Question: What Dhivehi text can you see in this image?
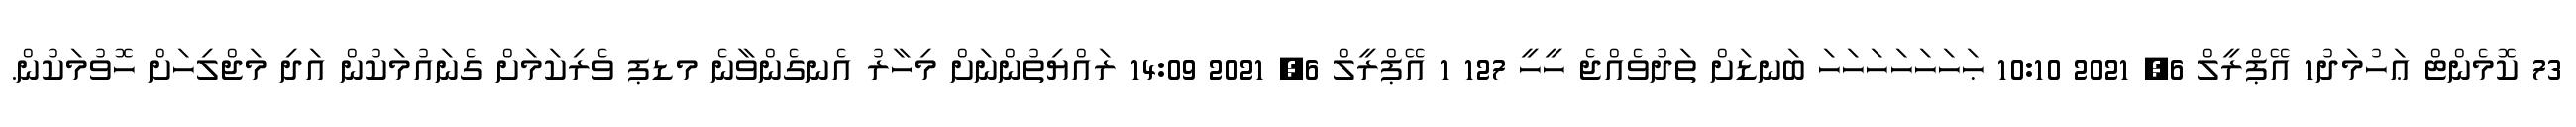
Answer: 73 ކޮމެންޓް ޢަހުމަދު1 އޭޕްރީލް 6, 2021 10:10 ޙަހަހަހަހަހަހަ ބަނޑަށް ތަދުވެއްޖެ ހީހީ 127 1 އޭޕްރީލް 6, 2021 14:09 ރައްޔިތުންނަށް މިހާރު އެނގެންވާނެ މޑޕ ވެރިކަމަށް ގެނައުމަކުން އަދި މަޖްލިހަށް ހޮވުމަކުން.